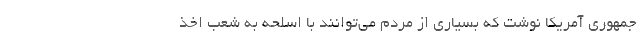
جمهوری آمریکا نوشت که بسیاری از مردم می‌توانند با اسلحه به شعب اخذ